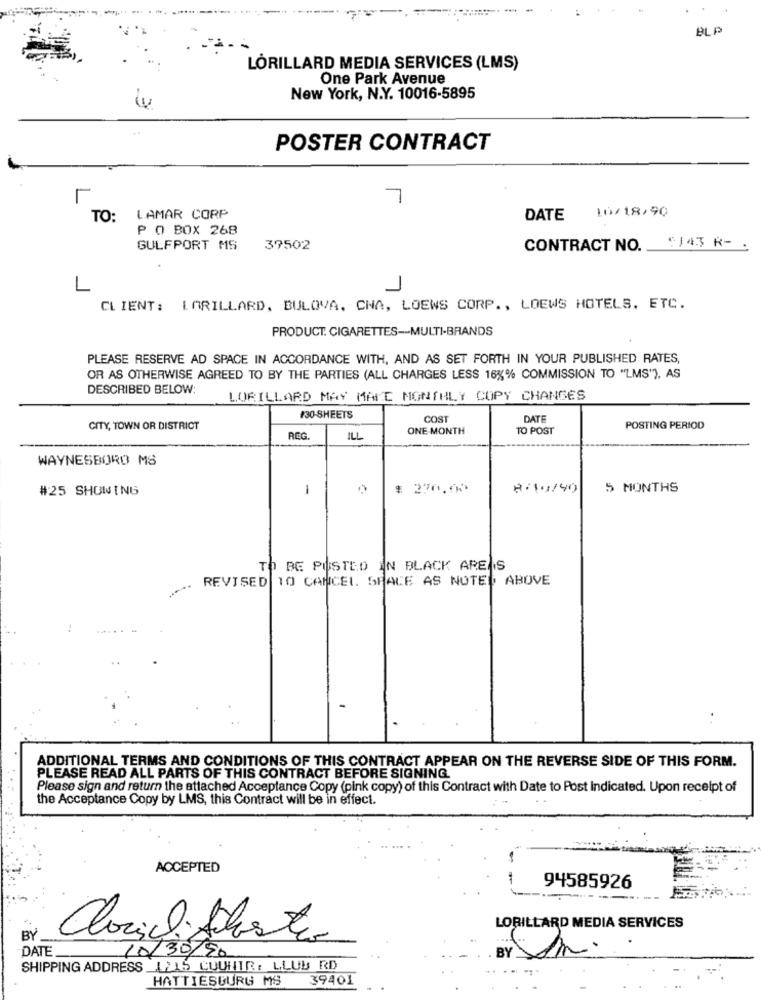
BLP
LORILLARD MEDIA SERVICES (LMS)
One Park Avenue
New York, N.Y. 10016-5895
POSTER CONTRACT
7
10/18/90
TO:
LAMAR CORP
DATE
P O BOX 268
$143 R-
GULFPORT MS
39502
CONTRACT NO.
L
CLIENT: LORILLARD, BULOVA, CHA, LOEWS CORP ., LOEWS HOTELS, ETC.
PRODUCT. CIGARETTES-MULTI-BRANDS
PLEASE RESERVE AD SPACE IN ACCORDANCE WITH, AND AS SET FORTH IN YOUR PUBLISHED RATES,
OR AS OTHERWISE AGREED TO BY THE PARTIES (ALL CHARGES LESS 16%% COMMISSION TO "LMS"), AS
DESCRIBED BELOW:
LORILLARD MAY MAKE MONTHLY COPY CHANGES
130-SHEETS
COST
DATE
CITY, TOWN OR DISTRICT
ONE MONTH
TO POST
POSTING PERIOD
REG.
ILL
WAYNESBORO MS
#25 SHOWING
1
270.00
8:10/40
5 MONTHS
TO BE POSTED IN BLACK AREAS
REVISED 10 CANCEL. SPALE AS NOTED ABOVE
. .
ADDITIONAL TERMS AND CONDITIONS OF THIS CONTRACT APPEAR ON THE REVERSE SIDE OF THIS FORM.
PLEASE READ ALL PARTS OF THIS CONTRACT BEFORE SIGNING.
Please sign and return the attached Acceptance Copy (pink copy) of this Contract with Date to Post Indicated. Upon receipt of
the Acceptance Copy by LMS, this Contract will be in effect.
ACCEPTED
94585926
LORILLARD MEDIA SERVICES
BY
DATE
10/30/9,
BY
SHIPPING ADDRESS _1215 COUNTR: LLUB RD
HATTIESBURG MS
39401